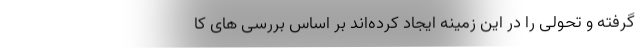
گرفته و تحولی را در این زمینه ایجاد کرده‌اند بر اساس بررسی های کا